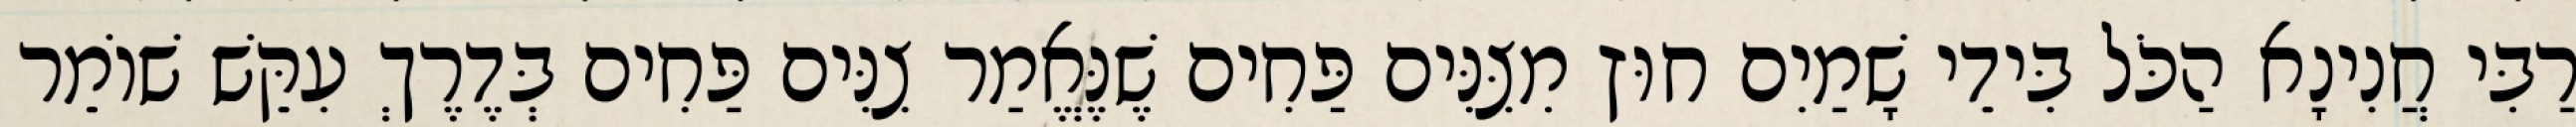
רַבִּי חֲנִינָא הַכֹּל בִּידֵי שָׁמַיִם חוּץ מִצִּנִּים פַּחִים שֶׁנֶּאֱמַר צִנִּים פַּחִים בְּדֶרֶךְ עִקֵּשׁ שׁוֹמֵר